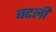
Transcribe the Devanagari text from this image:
बद्दली